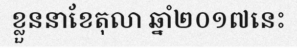
ខ្លួននាខែតុលា ឆ្នាំ២០១៧នេះ